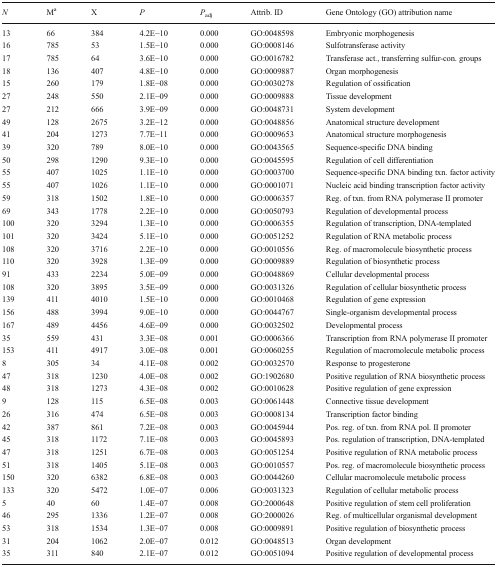
<table><thead><tr><td><b><i>N</i></b></td><td><b>M<sup>a</sup></b></td><td><b>X</b></td><td><b><i>P</i></b></td><td><b><i>P</i><sub>adj</sub></b></td><td><b>Attrib. ID</b></td><td><b>Gene Ontology (GO) attribution name</b></td></tr></thead><tbody><tr><td>13</td><td>66</td><td>384</td><td>4.2E−10</td><td>0.000</td><td>GO:0048598</td><td>Embryonic morphogenesis</td></tr><tr><td>16</td><td>785</td><td>53</td><td>1.5E−10</td><td>0.000</td><td>GO:0008146</td><td>Sulfotransferase activity</td></tr><tr><td>17</td><td>785</td><td>64</td><td>3.6E−10</td><td>0.000</td><td>GO:0016782</td><td>Transferase act., transferring sulfur-con. groups</td></tr><tr><td>18</td><td>136</td><td>407</td><td>4.8E−10</td><td>0.000</td><td>GO:0009887</td><td>Organ morphogenesis</td></tr><tr><td>15</td><td>260</td><td>179</td><td>1.8E−08</td><td>0.000</td><td>GO:0030278</td><td>Regulation of ossification</td></tr><tr><td>27</td><td>248</td><td>550</td><td>2.1E−09</td><td>0.000</td><td>GO:0009888</td><td>Tissue development</td></tr><tr><td>27</td><td>212</td><td>666</td><td>3.9E−09</td><td>0.000</td><td>GO:0048731</td><td>System development</td></tr><tr><td>49</td><td>128</td><td>2675</td><td>3.2E−12</td><td>0.000</td><td>GO:0048856</td><td>Anatomical structure development</td></tr><tr><td>41</td><td>204</td><td>1273</td><td>7.7E−11</td><td>0.000</td><td>GO:0009653</td><td>Anatomical structure morphogenesis</td></tr><tr><td>39</td><td>320</td><td>789</td><td>8.0E−10</td><td>0.000</td><td>GO:0043565</td><td>Sequence-specific DNA binding</td></tr><tr><td>50</td><td>298</td><td>1290</td><td>9.3E−10</td><td>0.000</td><td>GO:0045595</td><td>Regulation of cell differentiation</td></tr><tr><td>55</td><td>407</td><td>1025</td><td>1.1E−10</td><td>0.000</td><td>GO:0003700</td><td>Sequence-specific DNA binding txn. factor activity</td></tr><tr><td>55</td><td>407</td><td>1026</td><td>1.1E−10</td><td>0.000</td><td>GO:0001071</td><td>Nucleic acid binding transcription factor activity</td></tr><tr><td>59</td><td>318</td><td>1502</td><td>1.8E−10</td><td>0.000</td><td>GO:0006357</td><td>Reg. of txn. from RNA polymerase II promoter</td></tr><tr><td>69</td><td>343</td><td>1778</td><td>2.2E−10</td><td>0.000</td><td>GO:0050793</td><td>Regulation of developmental process</td></tr><tr><td>100</td><td>320</td><td>3294</td><td>1.3E−10</td><td>0.000</td><td>GO:0006355</td><td>Regulation of transcription, DNA-templated</td></tr><tr><td>101</td><td>320</td><td>3424</td><td>5.1E−10</td><td>0.000</td><td>GO:0051252</td><td>Regulation of RNA metabolic process</td></tr><tr><td>108</td><td>320</td><td>3716</td><td>2.2E−10</td><td>0.000</td><td>GO:0010556</td><td>Reg. of macromolecule biosynthetic process</td></tr><tr><td>110</td><td>320</td><td>3928</td><td>1.3E−09</td><td>0.000</td><td>GO:0009889</td><td>Regulation of biosynthetic process</td></tr><tr><td>91</td><td>433</td><td>2234</td><td>5.0E−09</td><td>0.000</td><td>GO:0048869</td><td>Cellular developmental process</td></tr><tr><td>108</td><td>320</td><td>3895</td><td>3.5E−09</td><td>0.000</td><td>GO:0031326</td><td>Regulation of cellular biosynthetic process</td></tr><tr><td>139</td><td>411</td><td>4010</td><td>1.5E−10</td><td>0.000</td><td>GO:0010468</td><td>Regulation of gene expression</td></tr><tr><td>156</td><td>488</td><td>3994</td><td>9.0E−10</td><td>0.000</td><td>GO:0044767</td><td>Single-organism developmental process</td></tr><tr><td>167</td><td>489</td><td>4456</td><td>4.6E−09</td><td>0.000</td><td>GO:0032502</td><td>Developmental process</td></tr><tr><td>35</td><td>559</td><td>431</td><td>3.3E−08</td><td>0.001</td><td>GO:0006366</td><td>Transcription from RNA polymerase II promoter</td></tr><tr><td>153</td><td>411</td><td>4917</td><td>3.0E−08</td><td>0.001</td><td>GO:0060255</td><td>Regulation of macromolecule metabolic process</td></tr><tr><td>8</td><td>305</td><td>34</td><td>4.1E−08</td><td>0.002</td><td>GO:0032570</td><td>Response to progesterone</td></tr><tr><td>47</td><td>318</td><td>1230</td><td>4.0E−08</td><td>0.002</td><td>GO:1902680</td><td>Positive regulation of RNA biosynthetic process</td></tr><tr><td>48</td><td>318</td><td>1273</td><td>4.3E−08</td><td>0.002</td><td>GO:0010628</td><td>Positive regulation of gene expression</td></tr><tr><td>9</td><td>128</td><td>115</td><td>6.5E−08</td><td>0.003</td><td>GO:0061448</td><td>Connective tissue development</td></tr><tr><td>26</td><td>316</td><td>474</td><td>6.5E−08</td><td>0.003</td><td>GO:0008134</td><td>Transcription factor binding</td></tr><tr><td>42</td><td>387</td><td>861</td><td>7.2E−08</td><td>0.003</td><td>GO:0045944</td><td>Pos. reg. of txn. from RNA pol. II promoter</td></tr><tr><td>45</td><td>318</td><td>1172</td><td>7.1E−08</td><td>0.003</td><td>GO:0045893</td><td>Pos. regulation of transcription, DNA-templated</td></tr><tr><td>47</td><td>318</td><td>1251</td><td>6.7E−08</td><td>0.003</td><td>GO:0051254</td><td>Positive regulation of RNA metabolic process</td></tr><tr><td>51</td><td>318</td><td>1405</td><td>5.1E−08</td><td>0.003</td><td>GO:0010557</td><td>Pos. reg. of macromolecule biosynthetic process</td></tr><tr><td>150</td><td>320</td><td>6382</td><td>6.8E−08</td><td>0.003</td><td>GO:0044260</td><td>Cellular macromolecule metabolic process</td></tr><tr><td>133</td><td>320</td><td>5472</td><td>1.0E−07</td><td>0.006</td><td>GO:0031323</td><td>Regulation of cellular metabolic process</td></tr><tr><td>5</td><td>40</td><td>60</td><td>1.4E−07</td><td>0.008</td><td>GO:2000648</td><td>Positive regulation of stem cell proliferation</td></tr><tr><td>46</td><td>295</td><td>1336</td><td>1.2E−07</td><td>0.008</td><td>GO:2000026</td><td>Reg. of multicellular organismal development</td></tr><tr><td>53</td><td>318</td><td>1534</td><td>1.3E−07</td><td>0.008</td><td>GO:0009891</td><td>Positive regulation of biosynthetic process</td></tr><tr><td>31</td><td>204</td><td>1062</td><td>2.0E−07</td><td>0.012</td><td>GO:0048513</td><td>Organ development</td></tr><tr><td>35</td><td>311</td><td>840</td><td>2.1E−07</td><td>0.012</td><td>GO:0051094</td><td>Positive regulation of developmental process</td></tr></tbody></table>